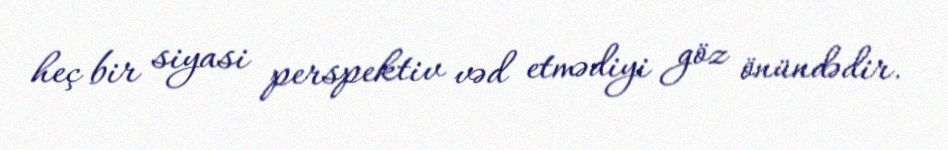
heç bir siyasi perspektiv vəd etmədiyi göz önündədir.